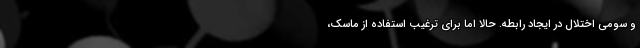
و سومی اختلال در ایجاد رابطه. حالا اما برای ترغیب استفاده از ماسک،